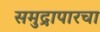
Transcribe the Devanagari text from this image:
समुद्रापारचा